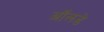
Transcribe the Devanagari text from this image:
ऑलडे